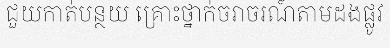
ជួយកាត់បន្ថយ គ្រោះថ្នាក់ចរាចរណ៍តាមដងផ្លូវ